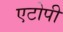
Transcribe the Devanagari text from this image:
एटोपी